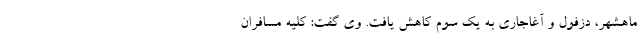
ماهشهر، دزفول و آغاجاری به یک سوم کاهش یافت. وی گفت: کلیه مسافران